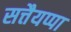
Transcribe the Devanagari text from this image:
सत्तैयप्पा